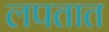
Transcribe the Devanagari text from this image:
लपतात